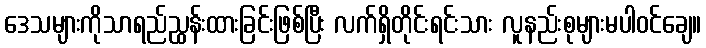
ဒေသများကိုသာရည်ညွှန်းထားခြင်းဖြစ်ပြီး လက်ရှိတိုင်းရင်းသား လူနည်းစုများမပါဝင်ချေ။